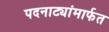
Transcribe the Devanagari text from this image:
पदनाट्यांमार्फत